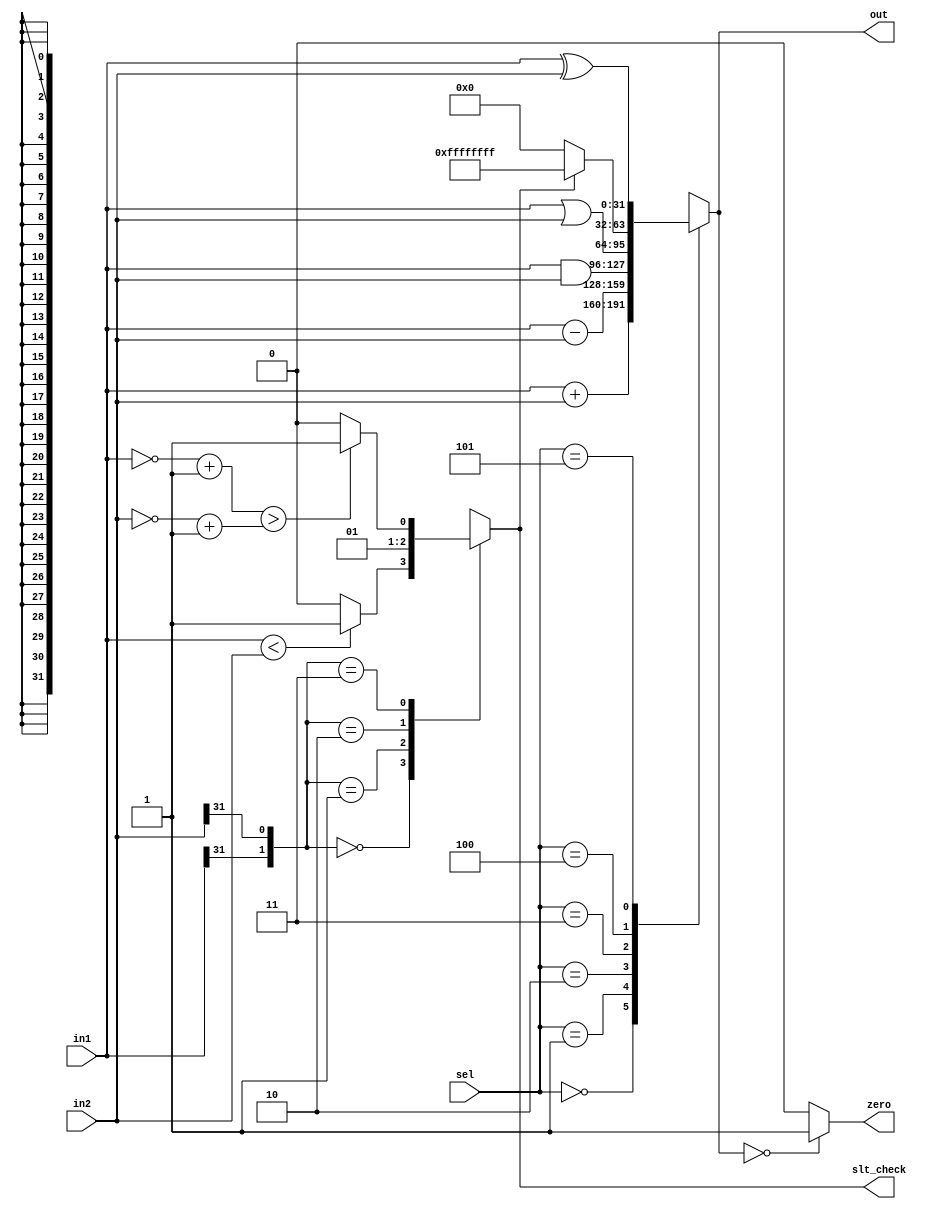
module alu(sel,in1,in2,zero,slt_check,out);
input [2:0] sel;
input [31:0] in1,in2;
output reg zero,slt_check;
output reg [31:0] out;

 reg sign_check;

always @ (*) begin // r - t
	case(sel) 
		3'b000: out = in1 + in2; // add
		3'b001: out = in1 - in2; // sub
		3'b010: out = in1 & in2; // and
		3'b011: out = in1 | in2; // or
		3'b100: out = sign_check ? 32'b11111111111111111111111111111111 : 32'b00000000000000000000000000000000; // slt
		3'b101: out = in1 ^ in2; // xor
		default: out = 32'bx;
	endcase
end

assign zero = out == 32'b00000000000000000000000000000000 ? 1 : 0;
assign slt_check = sign_check;


always @ (*) begin
	case({in1[31],in2[31]})
		2'b00: if (in1 < in2) sign_check = 1; else sign_check = 0;
		2'b01: sign_check = 0;
		2'b10: sign_check = 1;
		2'b11: if((~in1+1) > (~in2+1)) sign_check = 1; else sign_check = 0;
	endcase
end
endmodule